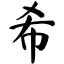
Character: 希